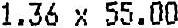
1.36 X 55.00